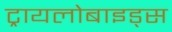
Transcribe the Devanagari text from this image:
ट्रायलोबाइड्स